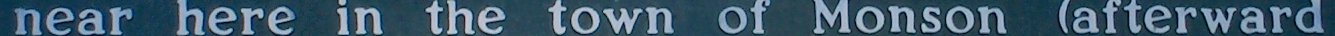
naer here in the toen of Monson (afterward